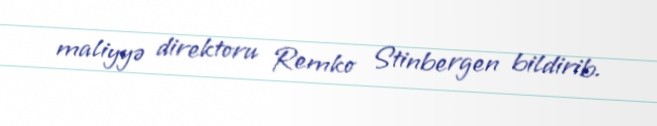
maliyyə direktoru Remko Stinbergen bildirib.